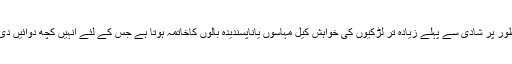
مثال کے طور پر شادی سے پہلے زیادہ تر لڑکیوں کی خواہش کیل مہاسوں یاناپسندیدہ بالوں کاخاتمہ ہوتا ہے جس کے لئے انہیں کچھ دوائیں دی جاتی ہیں۔